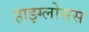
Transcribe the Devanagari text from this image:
हाइग्लोसस